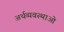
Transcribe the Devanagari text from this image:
अर्थव्यवस्थाओ